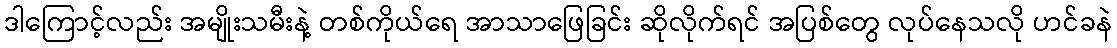
ဒါကြောင့်လည်း အမျိုးသမီးနဲ့ တစ်ကိုယ်ရေ အာသာဖြေခြင်း ဆိုလိုက်ရင် အပြစ်တွေ လုပ်နေသလို ဟင်ခနဲ